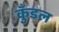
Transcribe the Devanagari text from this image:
कुँडल